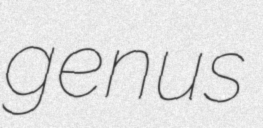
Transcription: genus